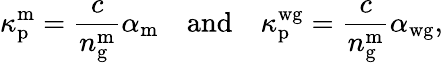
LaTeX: \kappa_{\mathrm{p}}^{\mathrm{m}}=\frac{c}{n_{\mathrm{g}}^{\mathrm{m}}}\alpha_{\mathrm{m}}\quad\mathrm{and}\quad\kappa_{\mathrm{p}}^{\mathrm{wg}}=\frac{c}{n_{\mathrm{g}}^{\mathrm{m}}}\alpha_{\mathrm{wg}},